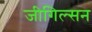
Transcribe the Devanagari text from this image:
जीगिल्सन